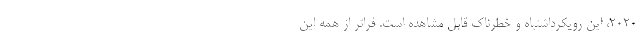
2020، این رویکرداشتباه و خطرناک قابل مشاهده است. فراتر از همه این